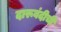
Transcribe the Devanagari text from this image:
दारूबंदीची